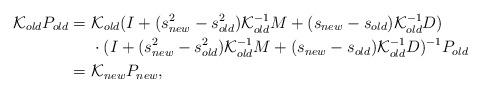
LaTeX: \begin{align*}\mathcal{K}_{old}P_{old}=& \ \mathcal{K}_{old}(I+(s^{2}_{new}-s^{2}_{old})\mathcal{K}_{old}^{-1}M+(s_{new}-s_{old})\mathcal{K}_{old}^{-1}D) \\ & \ \cdot (I + (s^{2}_{new}-s^{2}_{old})\mathcal{K}_{old}^{-1}M + (s_{new}-s_{old})\mathcal{K}_{old}^{-1}D)^{-1}P_{old} \\= &\ \mathcal{K}_{new}P_{new},\end{align*}